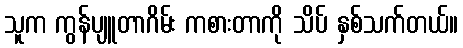
သူက ကွန်ပျူတာဂိမ်း ကစားတာကို သိပ် နှစ်သက်တယ်။